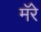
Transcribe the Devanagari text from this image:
मॅरे